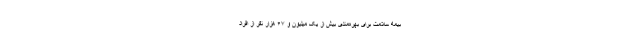
بیمه سلامت برای بهره‌مندی بیش از یک میلیون و ۶۷ هزار نفر از افراد